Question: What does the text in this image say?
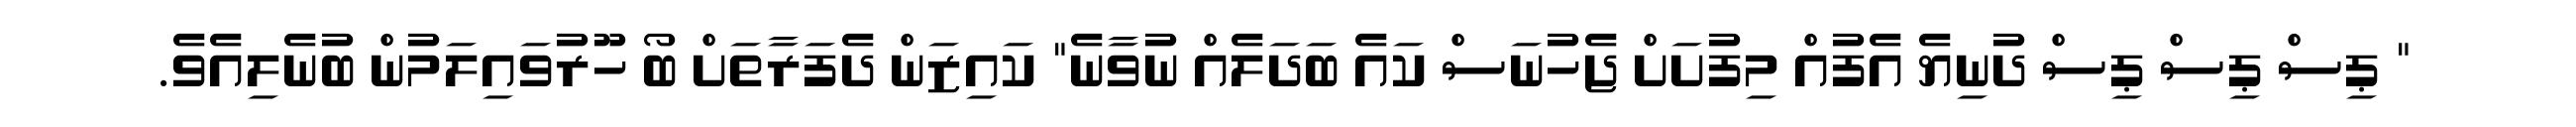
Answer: " ޕިސް ޕިސް ޕިސް ދުނިޔެ އެފުއް މިފުށަށް ޖެހުނަސް ކައެ ބަދަލެއް ނުވާނެ" ކައިޒަން ދެފަރާތަށް ބޯ ހޫރުވައިލަމުން ބުނެލިއެވެ.